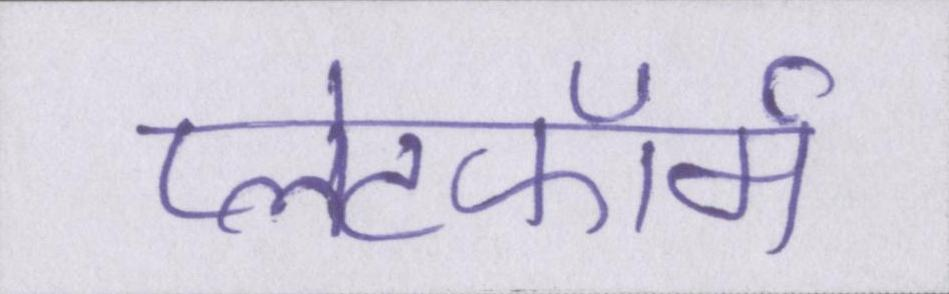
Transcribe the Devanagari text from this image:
प्लेटफॉर्म